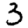
Digit: 3